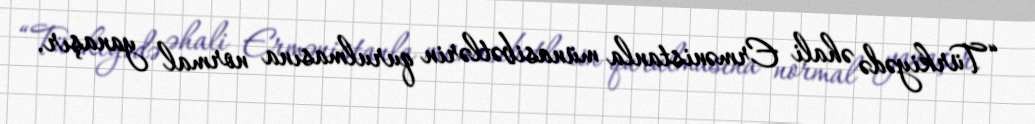
“Türkiyədə əhali Ermənistanla münasibətlərin qurulmasına normal yanaşır.